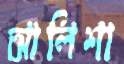
আলিশা